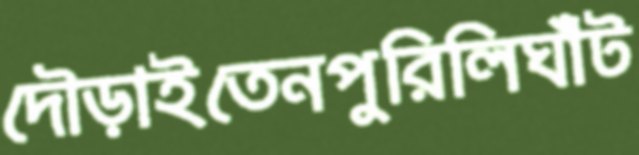
দৌড়াইতেনপুরিলিঘাঁট